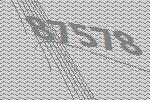
87578